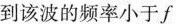
到该波的频率小于f